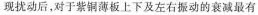
现扰动后，对于紫铜薄板上下及左右振动的衰减最有